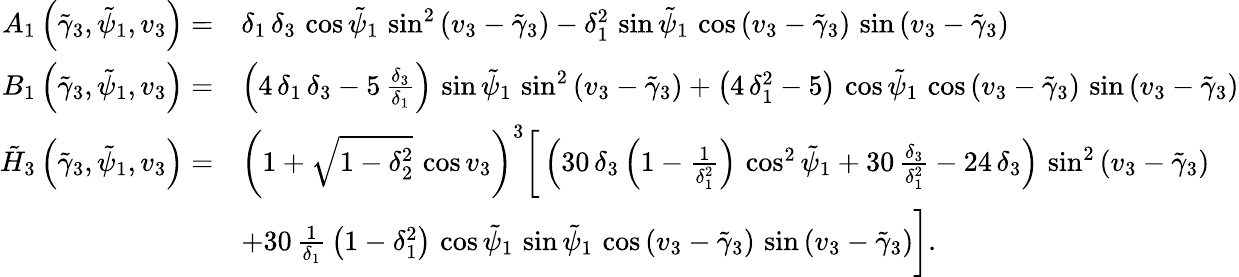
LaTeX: \begin{array}{rl}{A_{1}\left(\tilde{\gamma}_{3},\tilde{\psi}_{1},v_{3}\right)=}&{\delta_{1}\, \delta_{3}\, \cos\tilde{\psi}_{1}\, \sin^{2}\left(v_{3}-\tilde{\gamma}_{3}\right)-\delta_{1}^{2}\, \sin\tilde{\psi}_{1}\, \cos\left(v_{3}-\tilde{\gamma}_{3}\right)\, \sin\left(v_{3}-\tilde{\gamma}_{3}\right)}\\ {B_{1}\left(\tilde{\gamma}_{3},\tilde{\psi}_{1},v_{3}\right)=}&{\left(4\, \delta_{1}\, \delta_{3}-5\, \frac{\delta_{3}}{\delta_{1}}\right)\, \sin\tilde{\psi}_{1}\, \sin^{2}\left(v_{3}-\tilde{\gamma}_{3}\right)+\left(4\, \delta_{1}^{2}-5\right)\, \cos\tilde{\psi}_{1}\, \cos\left(v_{3}-\tilde{\gamma}_{3}\right)\, \sin\left(v_{3}-\tilde{\gamma}_{3}\right)}\\ {\tilde{H}_{3}\left(\tilde{\gamma}_{3},\tilde{\psi}_{1},v_{3}\right)=}&{\left(1+\sqrt{1-\delta_{2}^{2}}\, \cos v_{3}\right)^{3}\bigg[\left(30\, \delta_{3}\left(1-\frac{1}{\delta_{1}^{2}}\right)\, \cos^{2}\tilde{\psi}_{1}+30\, \frac{\delta_{3}}{\delta_{1}^{2}}-24\, \delta_{3}\right)\, \sin^{2}\left(v_{3}-\tilde{\gamma}_{3}\right)}\\ {\quad}&{+{30\, \frac{1}{\delta_{1}}\, \left(1-\delta_{1}^{2}\right)\, \cos\tilde{\psi}_{1}\, \sin\tilde{\psi}_{1}\, \cos\left(v_{3}-\tilde{\gamma}_{3}\right)\, \sin\left(v_{3}-\tilde{\gamma}_{3}\right)}\bigg].}\end{array}